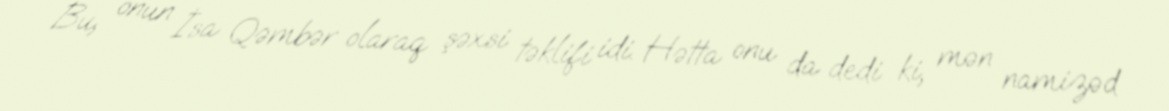
Bu, onun İsa Qəmbər olaraq şəxsi təklifi idi. Hətta onu da dedi ki, mən namizəd